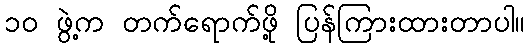
၁၀ ဖွဲ့က တက်ရောက်ဖို့ ပြန်ကြားထားတာပါ။